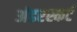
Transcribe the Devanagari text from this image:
अंडरस्कर्ट